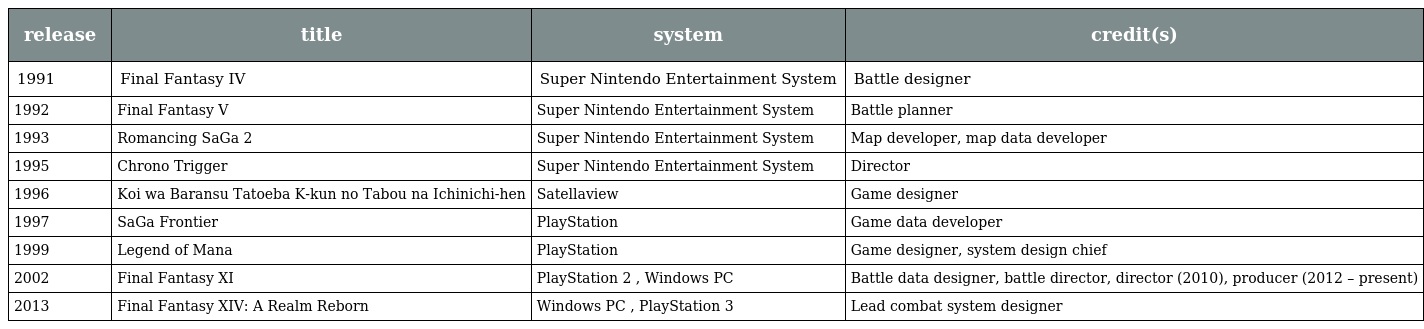
| release | title | system | credit(s) |
 | --- | --- | --- | --- |
 | 1991 | Final Fantasy IV | Super Nintendo Entertainment System | Battle designer |
 | 1992 | Final Fantasy V | Super Nintendo Entertainment System | Battle planner |
 | 1993 | Romancing SaGa 2 | Super Nintendo Entertainment System | Map developer, map data developer |
 | 1995 | Chrono Trigger | Super Nintendo Entertainment System | Director |
 | 1996 | Koi wa Baransu Tatoeba K-kun no Tabou na Ichinichi-hen | Satellaview | Game designer |
 | 1997 | SaGa Frontier | PlayStation | Game data developer |
 | 1999 | Legend of Mana | PlayStation | Game designer, system design chief |
 | 2002 | Final Fantasy XI | PlayStation 2 , Windows PC | Battle data designer, battle director, director (2010), producer (2012 – present) |
 | 2013 | Final Fantasy XIV: A Realm Reborn | Windows PC , PlayStation 3 | Lead combat system designer |